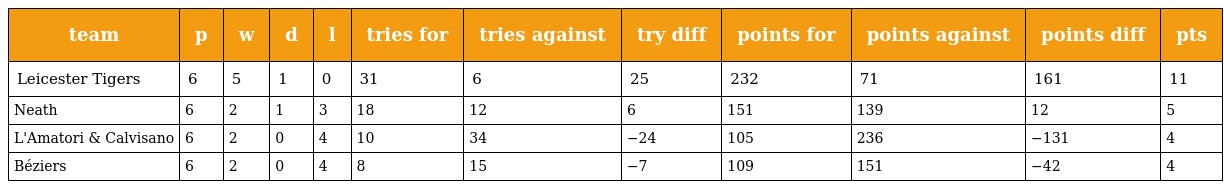
| team | p | w | d | l | tries for | tries against | try diff | points for | points against | points diff | pts |
 | --- | --- | --- | --- | --- | --- | --- | --- | --- | --- | --- | --- |
 | Leicester Tigers | 6 | 5 | 1 | 0 | 31 | 6 | 25 | 232 | 71 | 161 | 11 |
 | Neath | 6 | 2 | 1 | 3 | 18 | 12 | 6 | 151 | 139 | 12 | 5 |
 | L'Amatori & Calvisano | 6 | 2 | 0 | 4 | 10 | 34 | −24 | 105 | 236 | −131 | 4 |
 | Béziers | 6 | 2 | 0 | 4 | 8 | 15 | −7 | 109 | 151 | −42 | 4 |